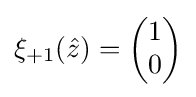
\xi _{+1}({\hat {z}})={\begin{pmatrix}1\\0\end{pmatrix}}